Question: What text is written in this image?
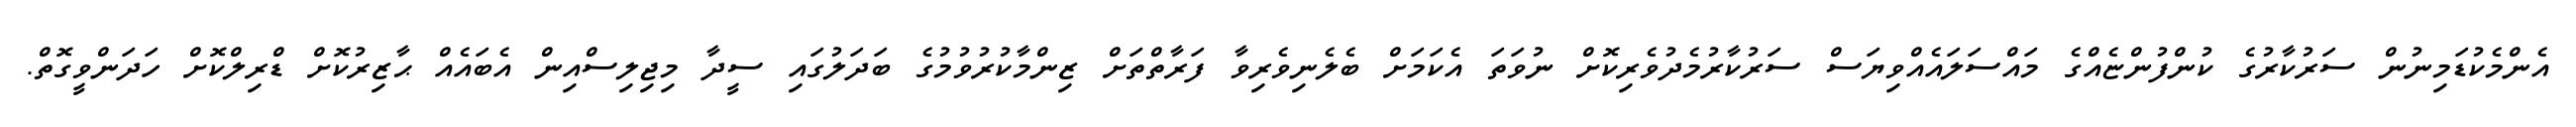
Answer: އެންމެކުޑަމިނުން ސަރުކާރުގެ ކުންފުންޏެއްގެ މައްސަލައެއްވިޔަސް ސަރުކާރުމެދުވެރިކޮށް ނުވަތަ އެކަމަށް ބެލެނިވެރިވާ ފަރާތްތަށް ޒިންމާކުރުވުމުގެ ބަދަލުގައި ސީދާ މިޖިލިސްއިން އެބައެއް ޙާޒިރުކޮށް ޑްރިލްކޮށް ހަދަންވީގޮތް.